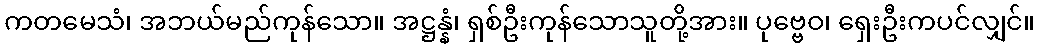
ကတမေသံ၊ အဘယ်မည်ကုန်သော။ အဋ္ဌန္နံ၊ ရှစ်ဦးကုန်သောသူတို့အား။ ပုဗ္ဗေဝ၊ ရှေးဦးကပင်လျှင်။